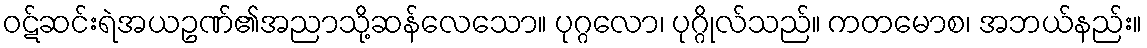
ဝဋ်ဆင်းရဲအယဥဏ်၏အညာသို့ဆန်လေသော။ ပုဂ္ဂလော၊ ပုဂ္ဂိုလ်သည်။ ကတမောစ၊ အဘယ်နည်း။